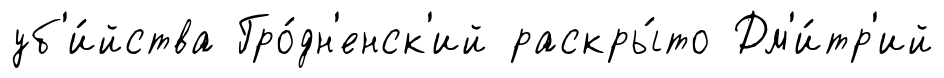
уб'и́йства Гро́дн'енск'ий раскры́то Дм'и́тр'ий